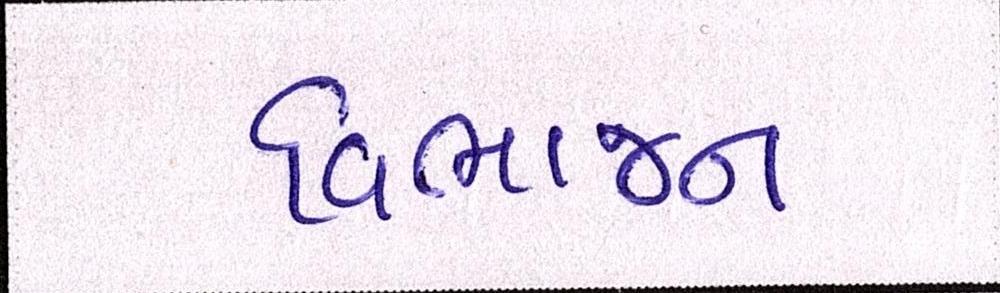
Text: વિભાજન